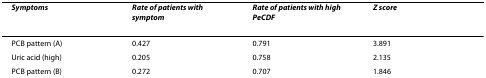
<table><thead><tr><td><b><i>Symptoms</i></b></td><td><b><i>Rate of patients with symptom</i></b></td><td><b><i>Rate of patients with high PeCDF</i></b></td><td><b><i>Z score</i></b></td></tr></thead><tbody><tr><td>PCB pattern (A)</td><td>0.427</td><td>0.791</td><td>3.891</td></tr><tr><td>Uric acid (high)</td><td>0.205</td><td>0.758</td><td>2.135</td></tr><tr><td>PCB pattern (B)</td><td>0.272</td><td>0.707</td><td>1.846</td></tr></tbody></table>